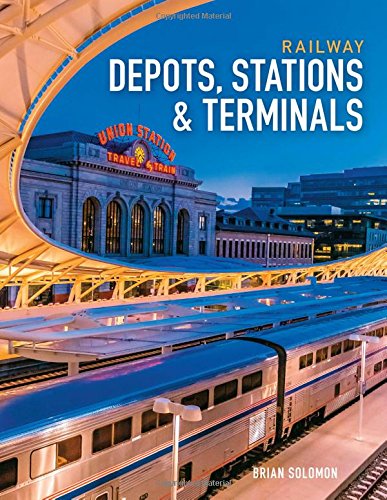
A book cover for Railway Depots, Stations & Terminals; Brian Solomon; Engineering & Transportation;